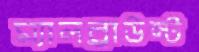
ম্যালব্রাউন্ট